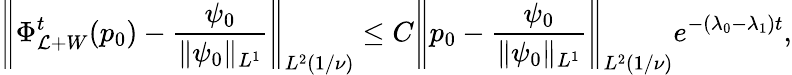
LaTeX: \left\Vert\Phi_{\mathcal{L}+W}^{t}(p_{0})-\frac{\psi_{0}}{\Vert\psi_{0}\Vert_{L^{1}}}\right\Vert_{L^{2}(1/\nu)}\le C\left\Vert p_{0}-\frac{\psi_{0}}{\Vert\psi_{0}\Vert_{L^{1}}}\right\Vert_{L^{2}(1/\nu)}e^{-(\lambda_{0}-\lambda_{1})t},